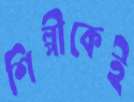
শিল্পীকেই